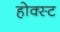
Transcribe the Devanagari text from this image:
होक्स्ट